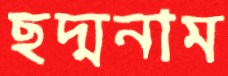
ছদ্মনাম